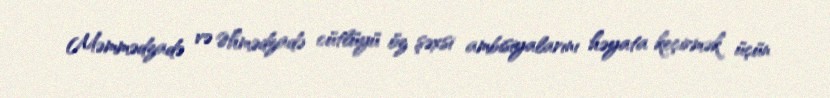
Məmmədzadə və Əhmədzadə cütlüyü öz şəxsi ambisiyalarını həyata keçirmək üçün